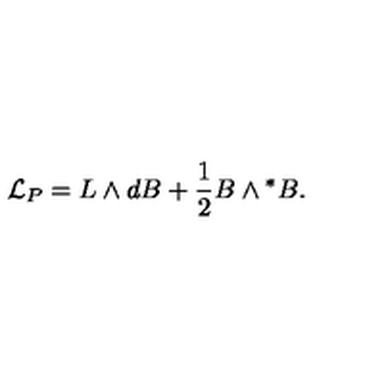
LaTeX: { \cal L } _ { P } = L \wedge d B + \frac { 1 } { 2 } B \wedge { } ^ { * } B .